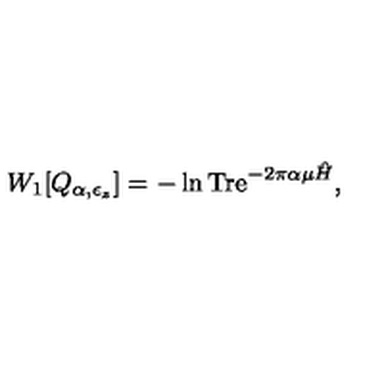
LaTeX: W _ { 1 } [ Q _ { \alpha , \epsilon _ { z } } ] = - \ln \mathrm { T r e } ^ { - 2 \pi \alpha \mu \hat { H } } ,